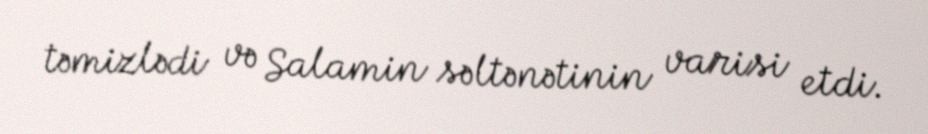
təmizlədi və Salamin səltənətinin varisi etdi.